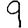
Digit: 9